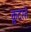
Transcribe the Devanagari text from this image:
कु़दरते